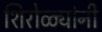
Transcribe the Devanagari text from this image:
शिरोळ्यांनी